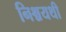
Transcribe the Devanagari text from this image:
निश्चयथी